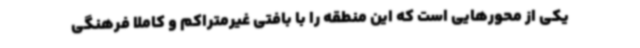
یکی از محورهایی است که این منطقه را با بافتی غیرمتراکم و کاملا فرهنگی